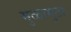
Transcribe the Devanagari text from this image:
मुळामुठा